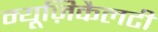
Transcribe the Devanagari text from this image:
म्यूज़िकैलटी